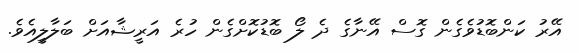
އޭރު ކަންބޮޑުވެގެން ގޮސް އޭނާގެ ދެ ލޯ ބޮޑުކޮށްގެން ހުރެ އަރީޝާއަށް ބަލާލީއެވެ.